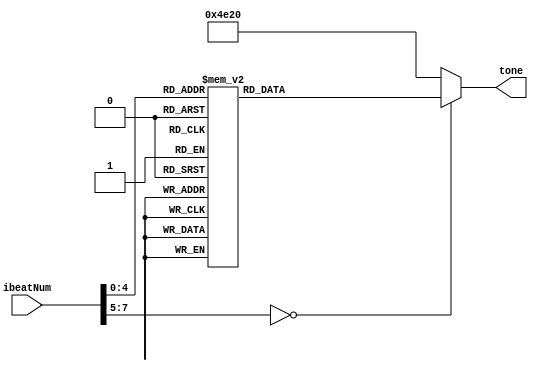
//
//
//
//

`define NMBfH 32'd932 //
`define NMAH 32'd880 //
`define NMGH 32'd784 //
//`define NMGsH 32'd830 //
//`define NMFsH 32'd740 //
`define NMFH 32'd698 //
`define NMEH 32'd659 //
`define NMDH 32'd587 //
//`define NMCsH 32'd554 // 
`define NMB 32'd494 // 
`define NMA 32'd440 //
//`define NMGs 32'd415 //
//`define NMFs 32'd370 // 

`define NM0 32'd20000 //slience (over freq.)

module Music (
	input [7:0] ibeatNum,	
	output reg [31:0] tone
);

always @(*) begin
	case (ibeatNum)		// 1/4 beat
		8'd0: tone = `NM0;
		8'd1: tone = `NM0;
		8'd2: tone = `NMGH;
		8'd3: tone = `NMGH;
		
		8'd4: tone = `NMAH;
		8'd5: tone = `NMFH;
		8'd6: tone = `NM0;
		8'd7: tone = `NM0;
		
		8'd8: tone = `NMGH;
		8'd9: tone = `NMGH;
		8'd10: tone = `NMGH;
		8'd11: tone = `NMGH;
		
		8'd12: tone = `NMGH;
		8'd13: tone = `NMGH;
		8'd14: tone = `NMGH;
		8'd15: tone = `NMGH;
		
///////////////////////////////////////////////

		8'd16: tone = `NM0;
		8'd17: tone = `NM0;
		8'd18: tone = `NMBfH;
		8'd19: tone = `NMBfH;
		
		8'd20: tone = `NMAH;
		8'd21: tone = `NMFH;
		8'd22: tone = `NM0;
		8'd23: tone = `NM0;
		
		8'd24: tone = `NMGH;
		8'd25: tone = `NMGH;
		8'd26: tone = `NMGH;
		8'd27: tone = `NMGH;
		
		8'd28: tone = `NMGH;
		8'd29: tone = `NMGH;
		8'd30: tone = `NMGH;
		8'd31: tone = `NMGH;
		
///////////////////////////////////////////////

	
		default : tone = `NM0;
	endcase
end

endmodule